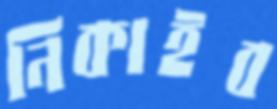
নিকাইব